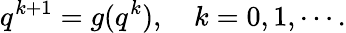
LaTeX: q^{k+1}=g(q^{k}),\quad k=0,1,\cdots.